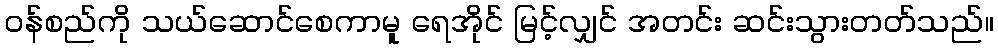
ဝန်စည်ကို သယ်ဆောင်စေကာမူ ရေအိုင် မြင့်လျှင် အတင်း ဆင်းသွားတတ်သည်။